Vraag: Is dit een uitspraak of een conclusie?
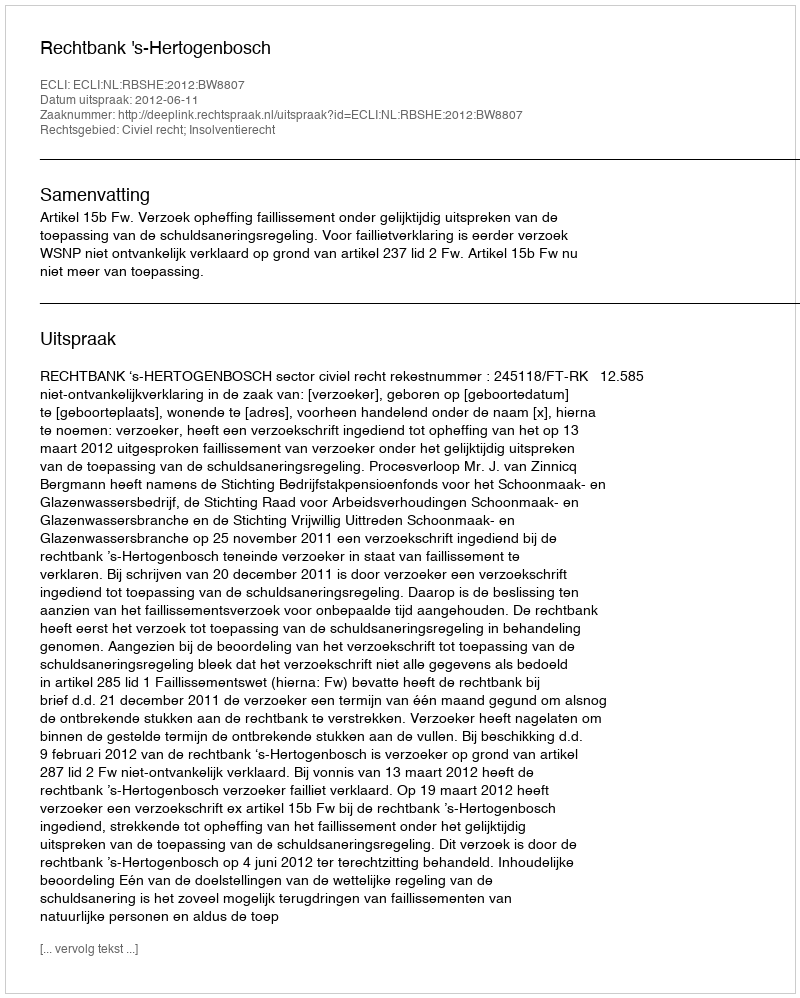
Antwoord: Uitspraak